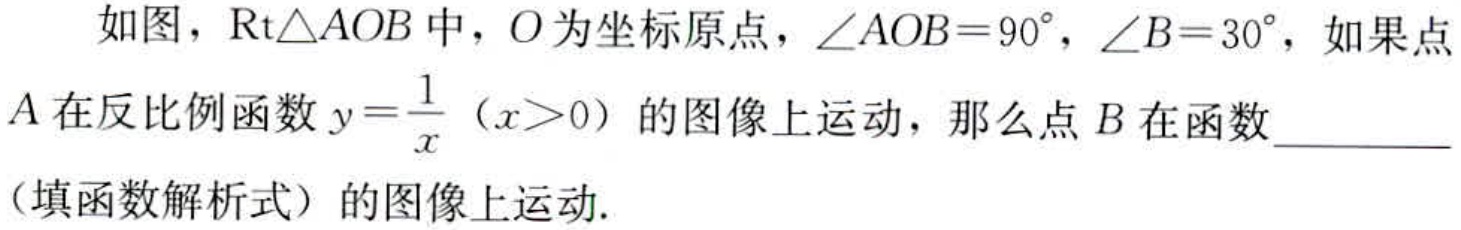
如图，$\text{Rt}\triangle AOB$中，$O$为坐标原点，$\angle AOB = 90^{\circ}$，$\angle B = 30^{\circ}$，如果点$A$在反比例函数$y = \dfrac{1}{x}$（$x>0$）的图像上运动，那么点$B$在函数  （填函数解析式）的图像上运动.